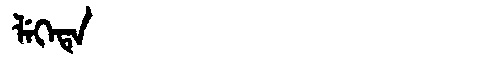
Manchu: ᠯᡝᡴᡝᡨᡝ
Romanization: LEKETE